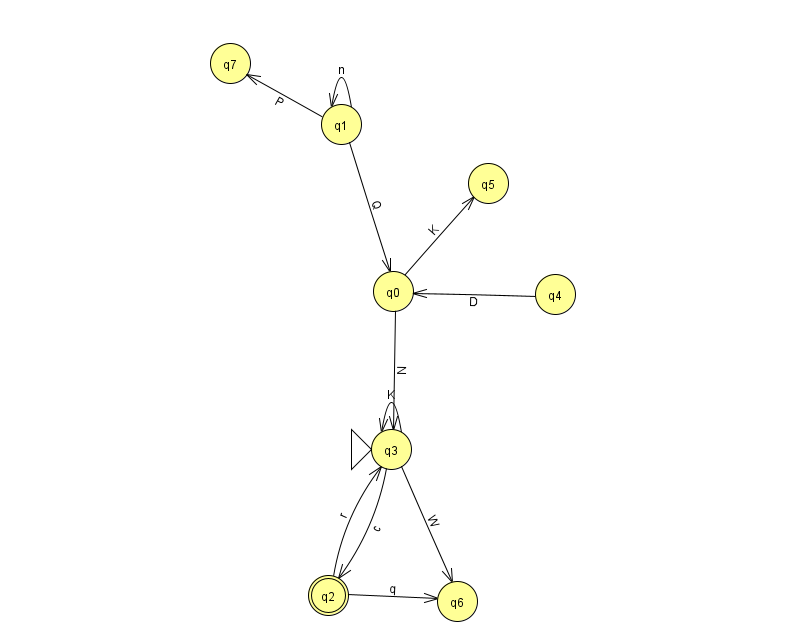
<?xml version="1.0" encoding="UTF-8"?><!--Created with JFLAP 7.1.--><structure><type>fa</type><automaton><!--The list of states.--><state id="0" name="q0"><x>393.0</x><y>278.0</y></state><state id="1" name="q1"><x>341.0</x><y>111.0</y></state><state id="2" name="q2"><x>328.0</x><y>582.0</y><final/></state><state id="3" name="q3"><x>391.0</x><y>436.0</y><initial/></state><state id="4" name="q4"><x>555.0</x><y>281.0</y></state><state id="5" name="q5"><x>488.0</x><y>170.0</y></state><state id="6" name="q6"><x>457.0</x><y>588.0</y></state><state id="7" name="q7"><x>230.0</x><y>50.0</y></state><!--The list of transitions.--><transition><from>0</from><to>3</to><read>N</read></transition><transition><from>0</from><to>5</to><read>K</read></transition><transition><from>1</from><to>0</to><read>Q</read></transition><transition><from>4</from><to>0</to><read>D</read></transition><transition><from>2</from><to>3</to><read>r</read></transition><transition><from>3</from><to>2</to><read>c</read></transition><transition><from>1</from><to>7</to><read>P</read></transition><transition><from>2</from><to>6</to><read>q</read></transition><transition><from>3</from><to>6</to><read>W</read></transition><transition><from>3</from><to>3</to><read>K</read></transition><transition><from>1</from><to>1</to><read>n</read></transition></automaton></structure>